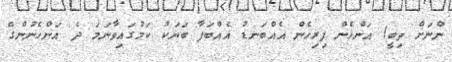
ންނަށް ތިބީ) އަންހެން ފިރިހެން އެއްބަނޑު އެއްބަފާ ބަޔަކު ކަމުގައިވާނަމަ ދެ އަންހެނުންގެ